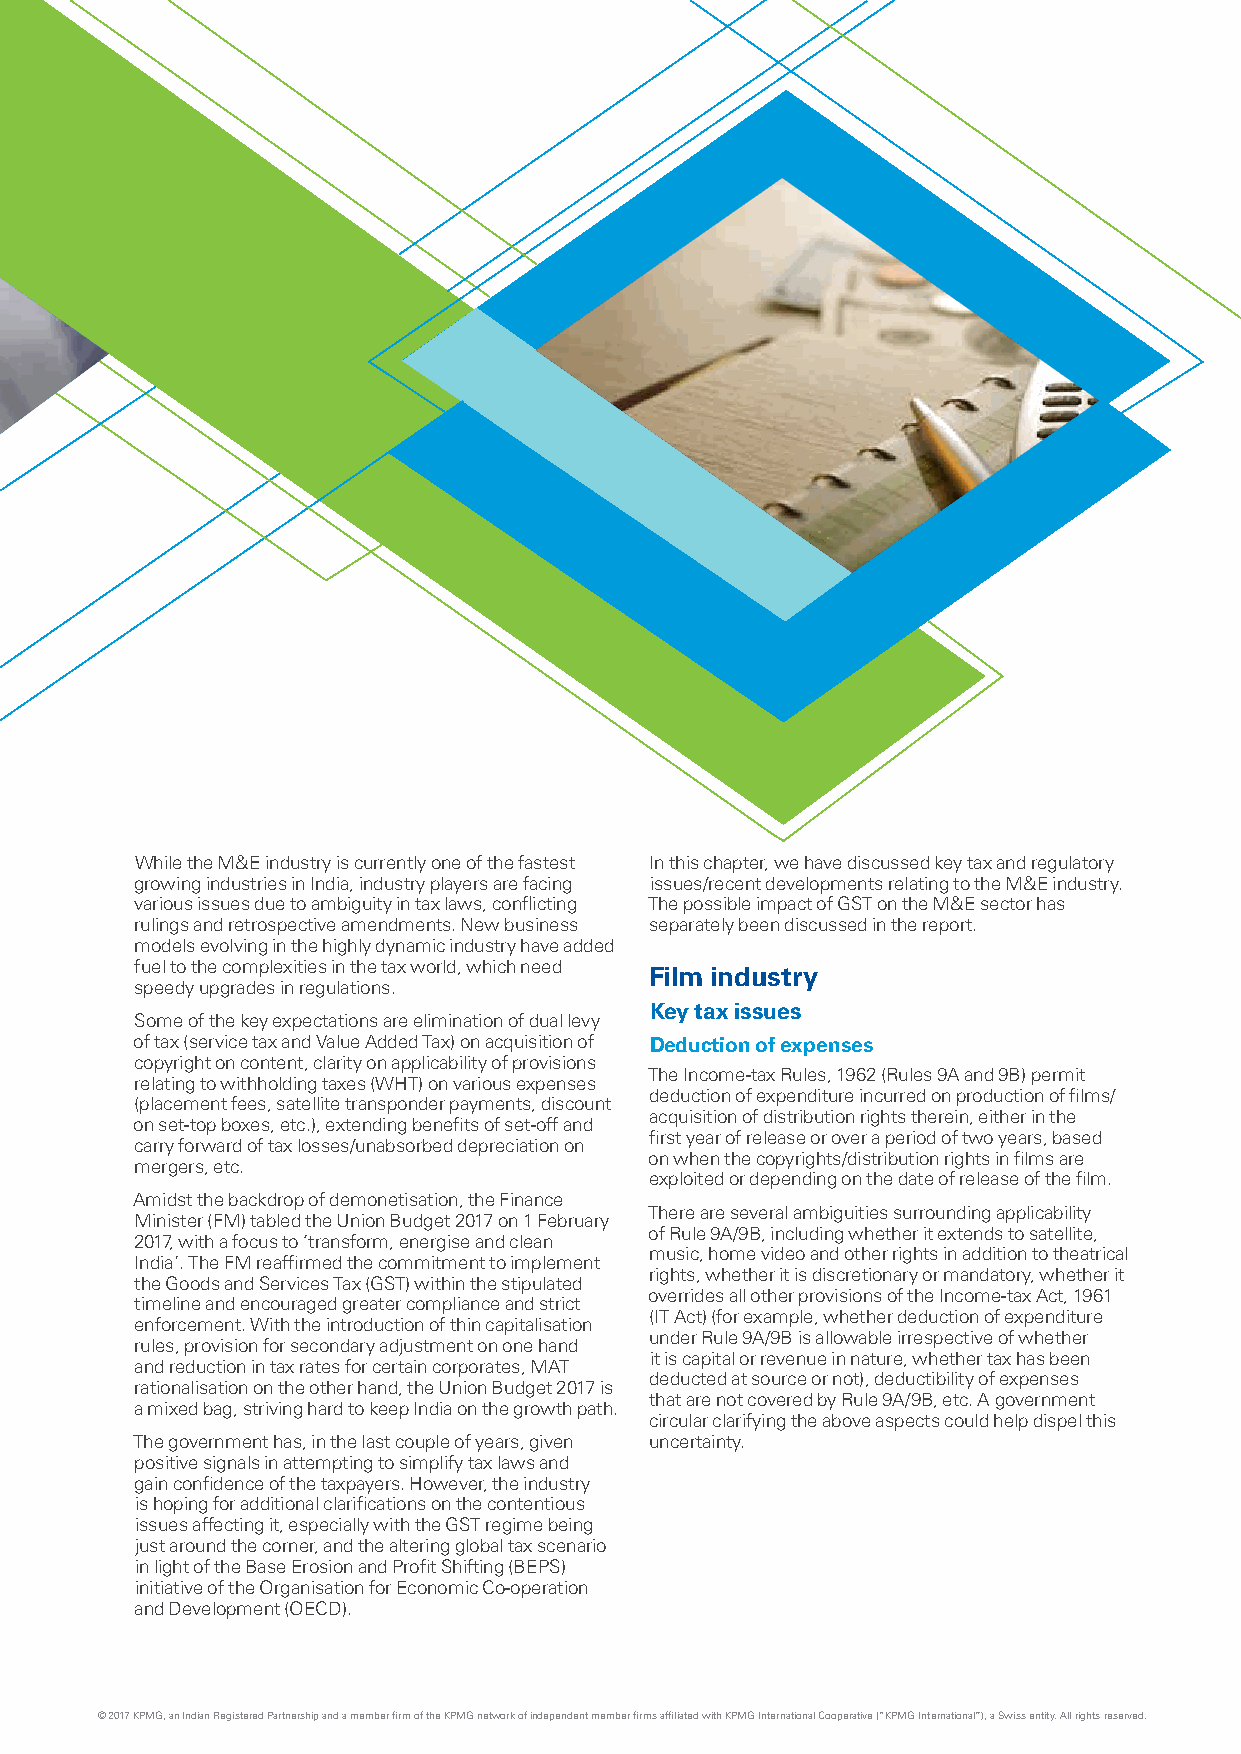
While the M&E industry is currently one of the fastest In this chapter, we have discussed key tax and regulatory
 growing industries in India, industry players are facing issues/recent developments relating to the M&E industry.
 various issues due to ambiguity in tax laws, conflicting The possible impact of GST on the M&E sector has
 rulings and retrospective amendments. New business separately been discussed in the report.
 models evolving in the highly dynamic industry have added
 fuel to the complexities in the tax world, which need Film industry
 speedy upgrades in regulations.
 Key tax issues
 Some of the key expectations are elimination of dual levy
 of tax (service tax and Value Added Tax) on acquisition of Deduction of expenses
 copyright on content, clarity on applicability of provisions
 The Income-tax Rules, 1962 (Rules 9A and 9B) permit
 relating to withholding taxes (WHT) on various expenses
 deduction of expenditure incurred on production of films/
 (placement fees, satellite transponder payments, discount
 acquisition of distribution rights therein, either in the
 on set-top boxes, etc.), extending benefits of set-off and
 first year of release or over a period of two years, based
 carry forward of tax losses/unabsorbed depreciation on
 on when the copyrights/distribution rights in films are
 mergers, etc.
 exploited or depending on the date of release of the film.
 Amidst the backdrop of demonetisation, the Finance
 There are several ambiguities surrounding applicability
 Minister (FM) tabled the Union Budget 2017 on 1 February
 of Rule 9A/9B, including whether it extends to satellite,
 2017, with a focus to ‘transform, energise and clean
 music, home video and other rights in addition to theatrical
 India’. The FM reaffirmed the commitment to implement
 rights, whether it is discretionary or mandatory, whether it
 the Goods and Services Tax (GST) within the stipulated
 overrides all other provisions of the Income-tax Act, 1961
 timeline and encouraged greater compliance and strict
 (IT Act) (for example, whether deduction of expenditure
 enforcement. With the introduction of thin capitalisation
 under Rule 9A/9B is allowable irrespective of whether
 rules, provision for secondary adjustment on one hand
 it is capital or revenue in nature, whether tax has been
 and reduction in tax rates for certain corporates, MAT
 deducted at source or not), deductibility of expenses
 rationalisation on the other hand, the Union Budget 2017 is
 that are not covered by Rule 9A/9B, etc. A government
 a mixed bag, striving hard to keep India on the growth path.
 circular clarifying the above aspects could help dispel this
 The government has, in the last couple of years, given uncertainty.
 positive signals in attempting to simplify tax laws and
 gain confidence of the taxpayers. However, the industry
 is hoping for additional clarifications on the contentious
 issues affecting it, especially with the GST regime being
 just around the corner, and the altering global tax scenario
 in light of the Base Erosion and Profit Shifting (BEPS)
 initiative of the Organisation for Economic Co-operation
 and Development (OECD).
 © 2017 KPMG, an Indian Registered Partnership and a member firm of the KPMG network of independent member firms affiliated with KPMG International Cooperative (“KPMG International”), a Swiss entity. All rights reserved.